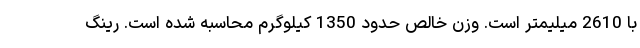
با 2610 میلیمتر است. وزن خالص حدود 1350 کیلوگرم محاسبه شده است. رینگ